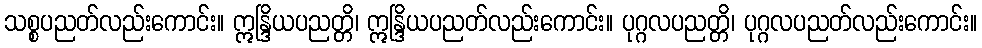
သစ္စပညတ်လည်းကောင်း။ ဣန္ဒြိယပညတ္တိ၊ ဣန္ဒြိယပညတ်လည်းကောင်း။ ပုဂ္ဂလပညတ္တိ၊ ပုဂ္ဂလပညတ်လည်းကောင်း။